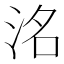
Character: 洺